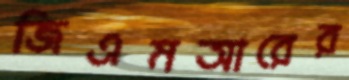
জিএমআরের